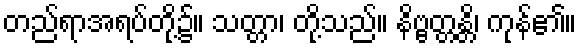
တည်ရာအရပ်တို့၌။ သတ္တာ၊ တို့သည်။ နိဗ္ဗတ္တန္တိ၊ ကုန်၏။